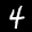
Label: 4